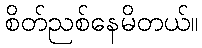
စိတ်ညစ်နေမိတယ်။